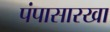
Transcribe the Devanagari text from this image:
पंपासारखा